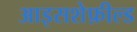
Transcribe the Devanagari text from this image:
आइसशेफ़ील्ड